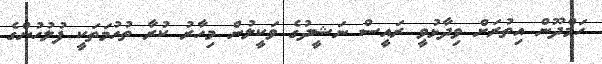
ހަމްދޫން އިތުރަށް ވިދާޅުވީ ރައީސް ނަޝީދުގެ ވަކީލުން މިހާރު ކުރާ ތުހުމަތަކީ ފުލުހުންގެ